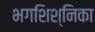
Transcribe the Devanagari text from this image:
भगशिश्निका